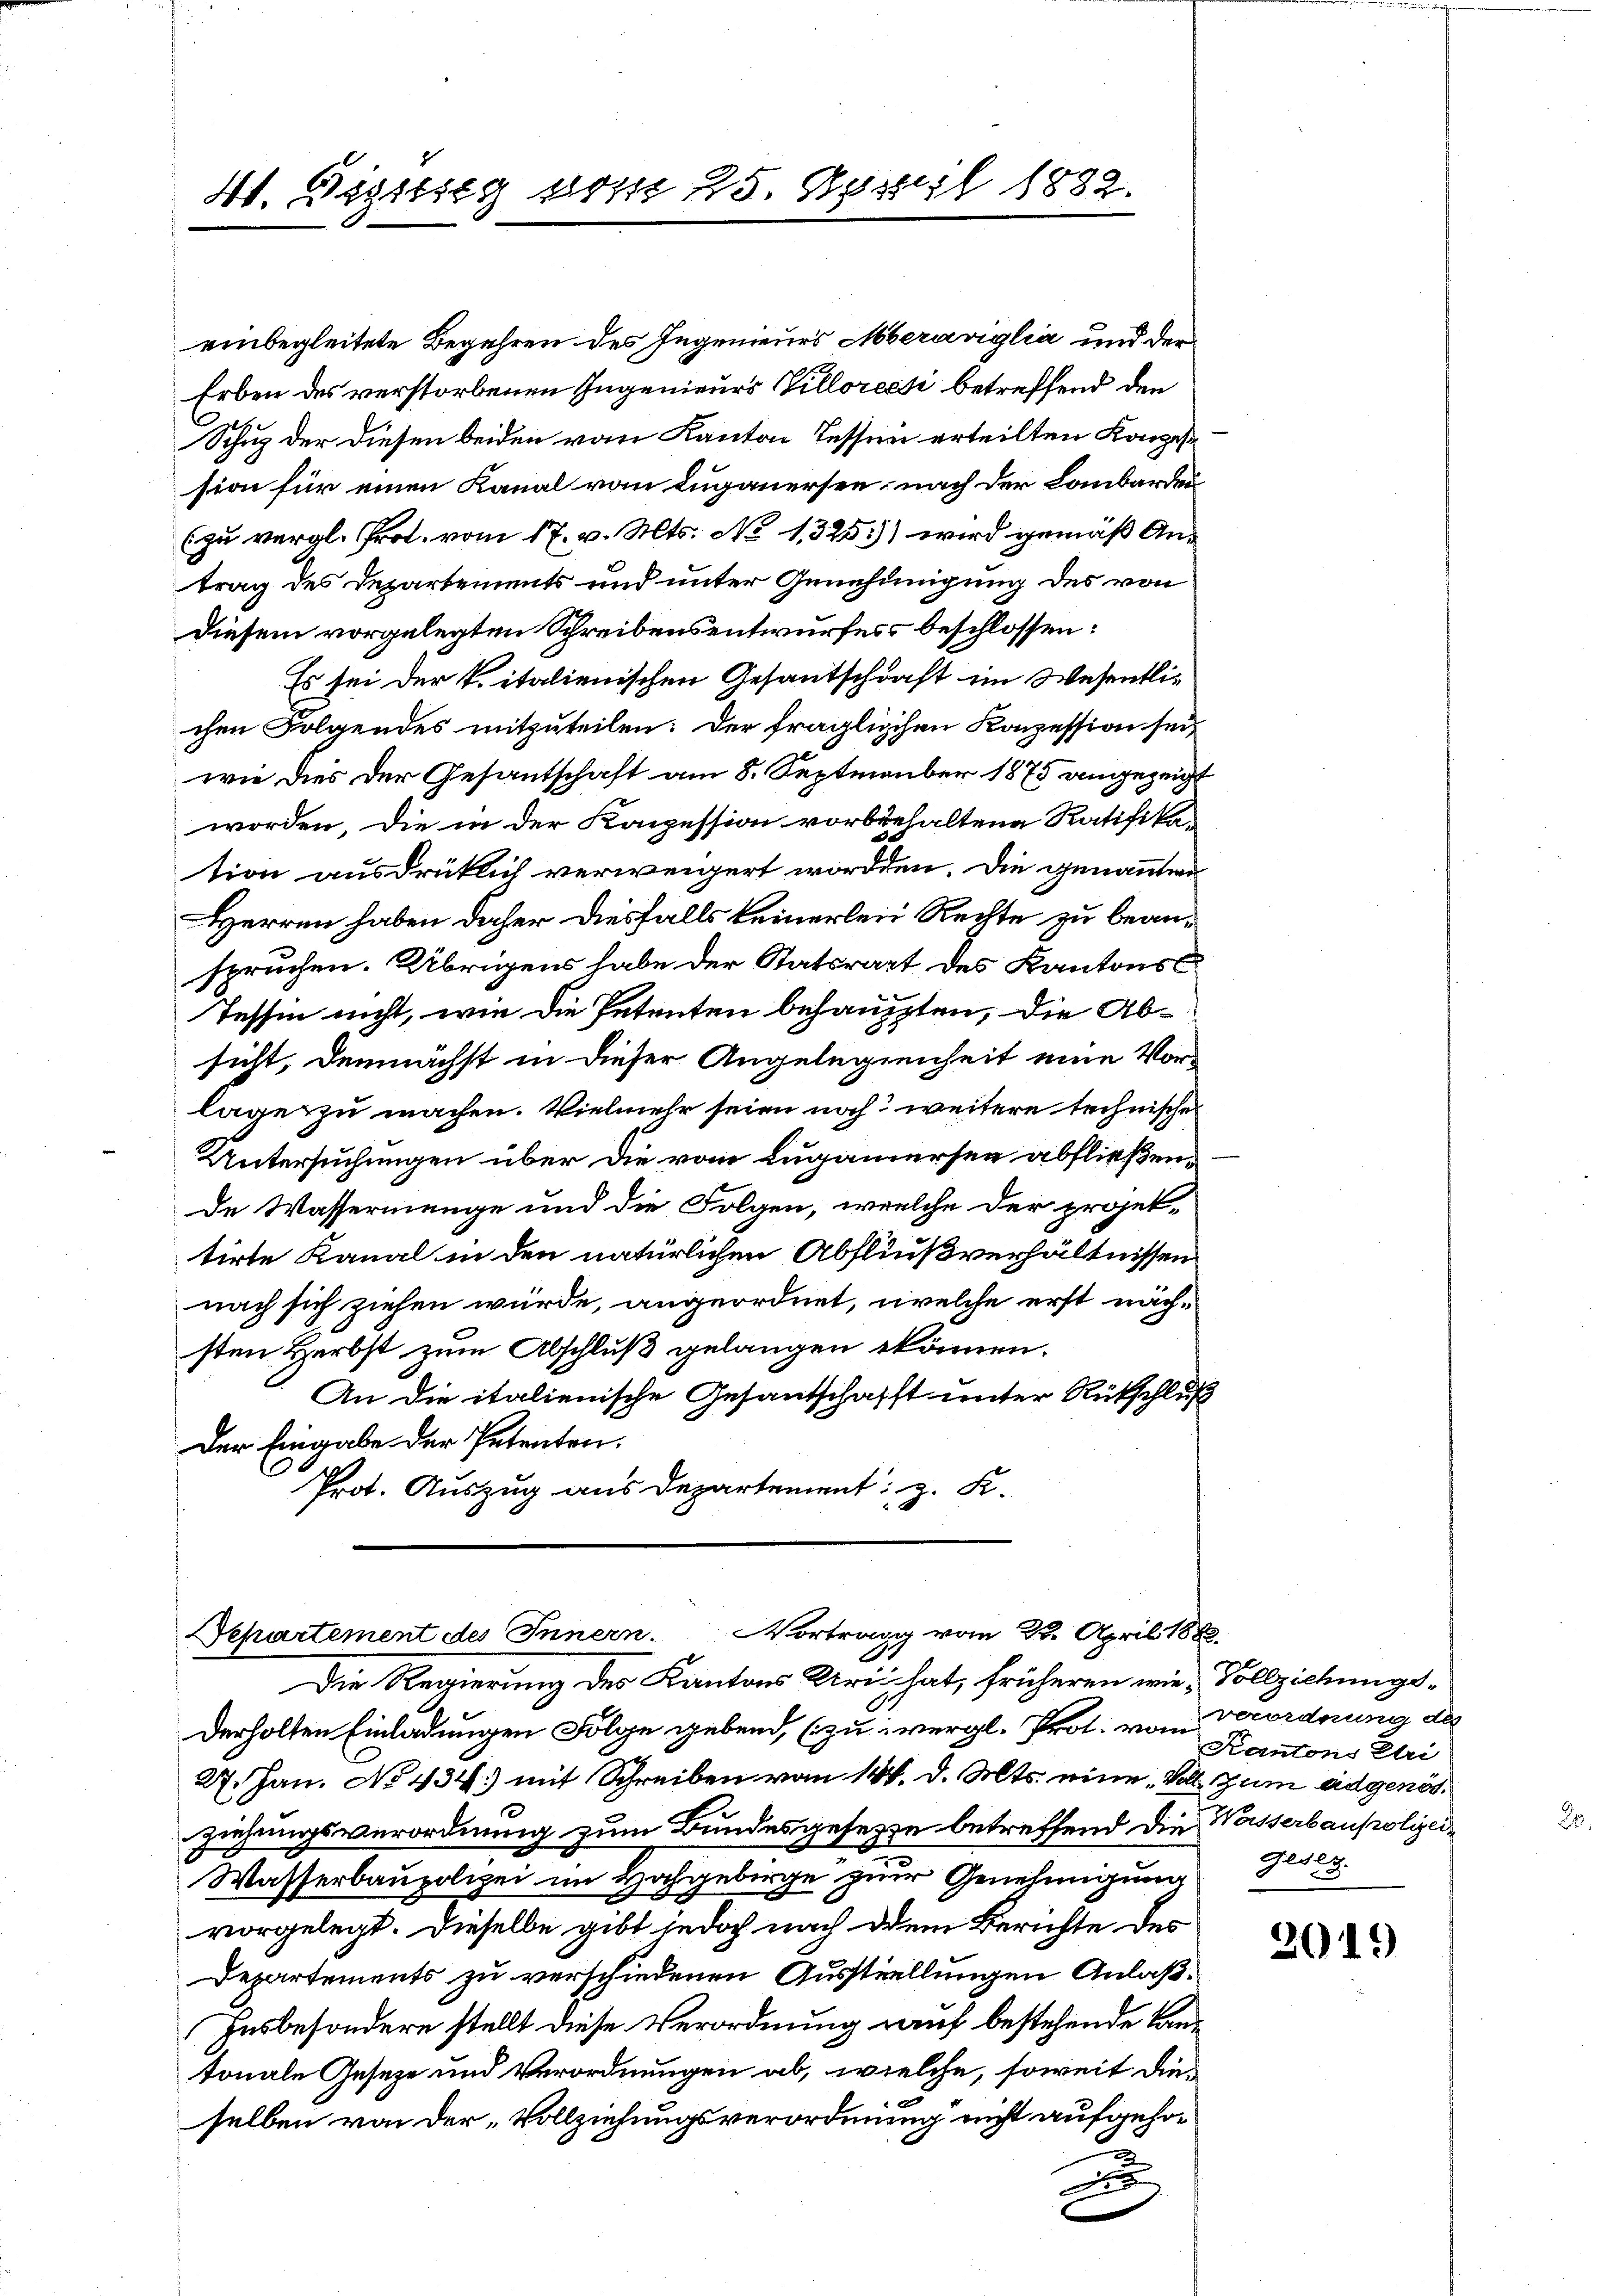
41. Sissseg vom 25. April 1882.

einbegleitete Begehren des Ingenieurs Mberáviglia und der
Erben des verstorbenen Ingenieurs Villorecti betreffend den
Schug der diesen beiden vom Kanton Tessin erteilten Konzes
sion für einen Kanal vom Lugauersee nach der Lombarden
(zu vergl. Prot. vom 17. v. Mts. No 1,325) wird gemäß An-
trag des Departements und unter Genehmigung des von
Diesem vorgelegten Schreibensentwurfes beschlossen:
Es sei der k. italienischen Gesantschaft im Wesentlichen Folgendes mitzuteilen: Der fraglichen Konzession sei
wie dies der Gesantschaft am 8. September 1875 angezeigt
worden. Die in der Konzession vorbehaltene Ratifika-
tion ausdrücklich verweigert worden. Die genannten
Herren haben daher diesfalls keinerlei Rechte zu beanspruchen. Übrigens habe der Statsrat des Kantons¬
Tessin nicht, wie die Petenten behaupten, die Absicht, demnächst in dieser Angelegienheit eine Vorlage zu machen. Vielmehr seien noch weitere technischen
Untersuchungen über die vom Luganersee abfließende Wassermenge und die Folgen, welche der projek-
tirte Kanal in den natürlichen Abflußverhältnissen
nach sich ziehen würde, angeordnet, welche erst nächsten Herbst zum Abschluß gelangen können.
An die italienische Gesantschafft unter Rükschluß
Der Eingabe der Petenten.
Prot. Auszug aus Departement z. K.

Separtement des Innern. Vortrage vom 22. April 1888.
A
Die Regierung des Kantons Krii hat, früheren wie Vollziehungs¬

derholten Einladungen Folge gebend, (zu vergl. Prot. vom Verordnung des
27. Jan. No 434.) mit Schreiben vom 14. d. Mts. eine Voll zum adgenösziehungsverordnung zum Bundesgesetze betreffend die Wasserbaupolizei¬
Wasserbaupolizei im Hochgebirge zum Genehmigung
vorgelegt. Dieselbe gibt jedoch nach dem Berichte des
Departements zu verschiedenen Ausstellungen Anlaß¬
Insbesondere stellt diese Verordnung auf bestehende Kantonale Geseze und Verordnungen ab, welche, soweit dieselben von der „Vollziehungsverordnung nicht aufgeho¬
F

Kantons Eri
geset

2019